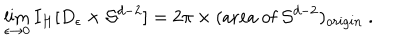
LaTeX: \lim _ { \epsilon \rightarrow 0 } I _ { H } [ D _ { \epsilon } \times { \cal S } ^ { d - 2 } ] = 2 \pi \times ( \mathrm { a r e a ~ o f ~ } { \cal S } ^ { d - 2 } ) _ { o r i g i n } \ .